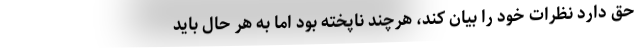
حق دارد نظرات خود را بیان کند، هرچند ناپخته بود اما به هر حال باید